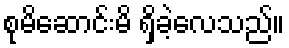
စုမိဆောင်းမိ ရှိခဲ့လေသည်။